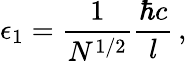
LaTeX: \epsilon_{1}=\frac{1}{N^{1/2}}\frac{\hbar c}{l}\, ,